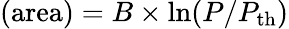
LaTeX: (\mathrm{area})=B\times\ln(P/P_{\mathrm{th}})